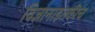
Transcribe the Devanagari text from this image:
विज्ञानाइतकीच